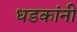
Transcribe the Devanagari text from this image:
धडकांनी